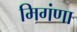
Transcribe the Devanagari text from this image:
मिगंणा